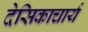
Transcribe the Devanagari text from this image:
देसिकाचार्य